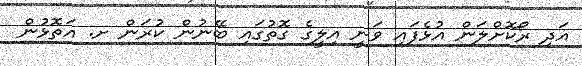
އަދި ރޯކޮށްލަން އުޅެފައި ވަނީ އިލީގެ ގޮތުގައި ބޭނުން ކުރަން ށ. އަތޮޅުން